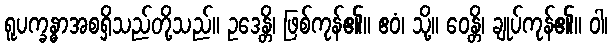
ရူပက္ခန္ဓာအစရှိသည်တို့သည်။ ဥဒေန္တိ၊ ဖြစ်ကုန်၏။ ဧဝံ၊ သို့။ ဝေန္တိ၊ ချုပ်ကုန်၏။ ဝါ၊